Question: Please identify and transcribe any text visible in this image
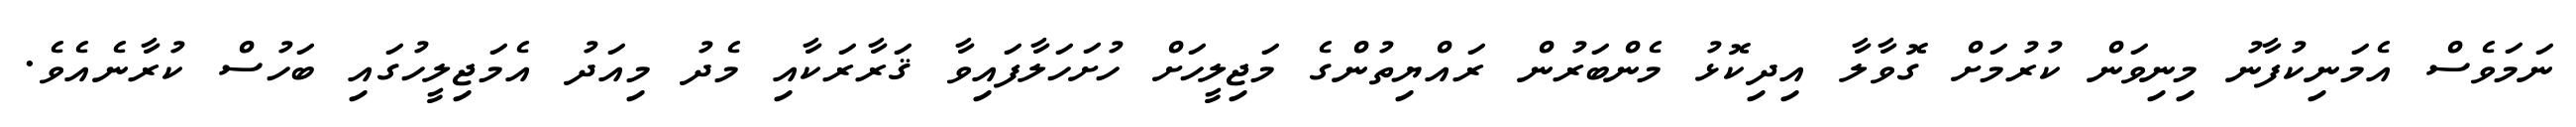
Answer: ނަމަވެސް އެމަނިކުފާނު މިނިވަން ކުރުމަށް ގޮވާލާ އިދިކޮޅު މެންބަރުން ރައްޔިތުންގެ މަޖިލީހަށް ހުށަހަލާފައިވާ ޤަރާރަކާއި މެދު މިއަދު އެމަޖިލީހުގައި ބަހުސް ކުރާނެއެވެ.